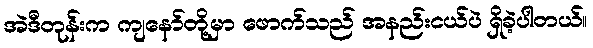
အဲဒီတုန်းက ကျနော်တို့မှာ ဖောက်သည် အနည်းငယ်ပဲ ရှိခဲ့ပါတယ်။